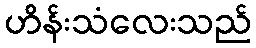
ဟိန်းသံလေးသည်